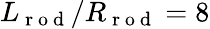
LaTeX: L_{\mathrm{~r~o~d~}}/R_{\mathrm{~r~o~d~}}=8